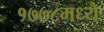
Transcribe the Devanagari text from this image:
१७७८मध्ये